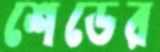
শেডের